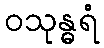
ဝသုန္ဓရံ